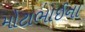
મોટાભાઈના